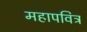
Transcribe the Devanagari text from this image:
महापवित्र